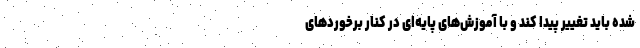
شده باید تغییر پیدا کند و با آموزش‌های پایه‌ای در کنار برخوردهای